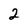
Character: 2